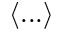
\langle . . . \rangle